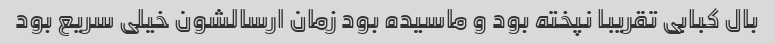
بال کبابی تقریبا نپخته بود و ماسیده بود زمان ارسالشون خیلی سریع بود